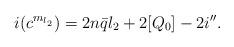
LaTeX: \begin{align*}i(c^{m_{l_2}})=2n\bar{q}l_{2}+2[Q_{0}]-2i''.\end{align*}